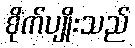
စိုက်ပျိုးသည်